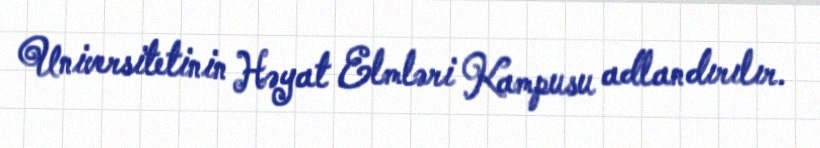
Universitetinin Həyat Elmləri Kampusu adlandırılır.